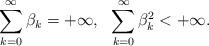
LaTeX: \begin{align*}\sum_{k=0}^{\infty}\beta_k=+\infty,\ \ \sum_{k=0}^{\infty}\beta^2_k<+\infty.\end{align*}